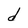
Character: d